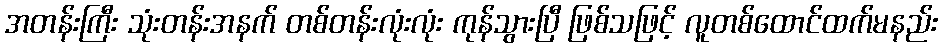
အတန်းကြီး သုံးတန်းအနက် တစ်တန်းလုံးလုံး ကုန်သွားပြီ ဖြစ်သဖြင့် လူတစ်ထောင်ထက်မနည်း